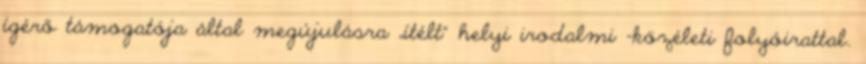
ígérő támogatója által megújulásra „ítélt” helyi irodalmi -közéleti folyóirattal.